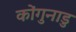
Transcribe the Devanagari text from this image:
कोंगुनाडु